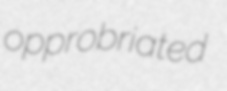
opprobriated